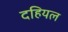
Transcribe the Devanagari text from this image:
दहियल